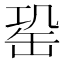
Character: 𦈩